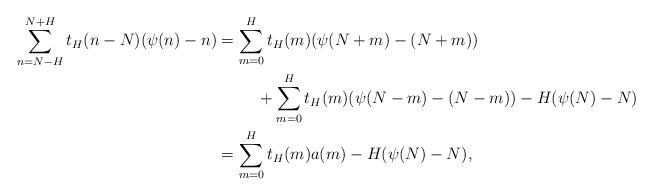
LaTeX: \begin{align*}\sum_{n = N-H}^{N+H} t_H(n-N)(\psi(n)-n)&= \sum_{m = 0}^{H} t_H(m)(\psi(N+m)-(N+m))\\&\hskip1cm + \sum_{m = 0}^{H} t_H(m)(\psi(N-m)-(N-m)) - H (\psi(N)-N) \\ & = \sum_{m = 0}^{H} t_H(m)a(m) - H (\psi(N)-N),\end{align*}